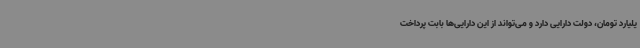
یلیارد تومان، دولت دارایی دارد و می‌تواند از این دارایی‌ها بابت پرداخت